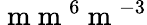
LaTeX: \mathrm{~m~m~}^{6}\mathrm{~m~}^{-3}